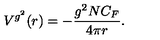
V ^ { g ^ { 2 } } ( r ) = - \frac { g ^ { 2 } N C _ { F } } { 4 \pi r } .